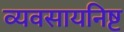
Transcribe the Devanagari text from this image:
व्यवसायनिष्ट